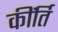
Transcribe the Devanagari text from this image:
कींर्ति